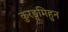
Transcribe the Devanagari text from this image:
कुरङ्गमिहुन